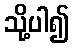
သို့ပါ၍